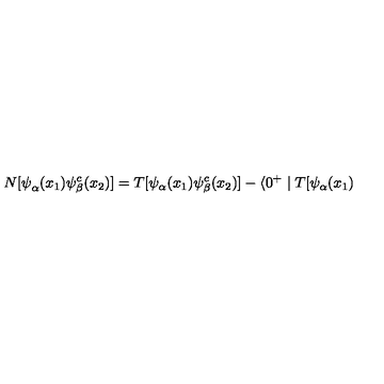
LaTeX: N [ { \bf \psi } _ { \alpha } ( x _ { 1 } ) { \bf \psi } _ { \beta } ^ { c } ( x _ { 2 } ) ] = T [ { \bf \psi } _ { \alpha } ( x _ { 1 } ) { \bf \psi } _ { \beta } ^ { c } ( x _ { 2 } ) ] - \langle 0 ^ { + } \mid T [ { \bf \psi } _ { \alpha } ( x _ { 1 } )